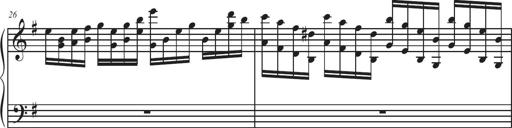
Title: Sonatina Espania
Composer: Jerald Franklin Archer
Key: Various